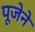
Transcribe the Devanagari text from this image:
पूजेने